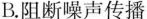
B. 阻断噪声传播